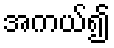
အကယ်၍